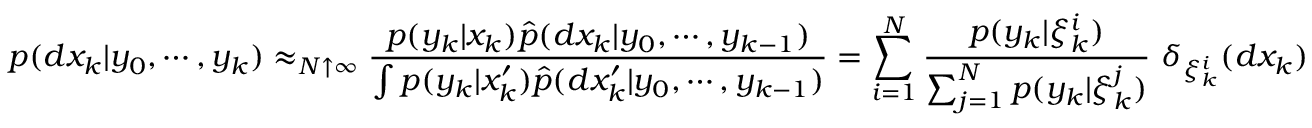
p ( d x _ { k } | y _ { 0 } , \cdots , y _ { k } ) \approx _ { N \uparrow \infty } { \frac { p ( y _ { k } | x _ { k } ) { \widehat { p } } ( d x _ { k } | y _ { 0 } , \cdots , y _ { k - 1 } ) } { \int p ( y _ { k } | x _ { k } ^ { \prime } ) { \widehat { p } } ( d x _ { k } ^ { \prime } | y _ { 0 } , \cdots , y _ { k - 1 } ) } } = \sum _ { i = 1 } ^ { N } { \frac { p ( y _ { k } | \xi _ { k } ^ { i } ) } { \sum _ { j = 1 } ^ { N } p ( y _ { k } | \xi _ { k } ^ { j } ) } } ~ \delta _ { \xi _ { k } ^ { i } } ( d x _ { k } )